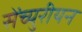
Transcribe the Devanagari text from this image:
सेंच्युरीयन